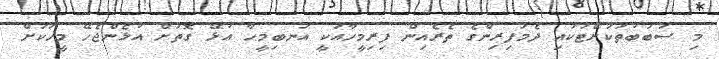
މި ސަބަބުތަކަށްޓަކައި ދެމަފިރިންގެ ތެރެއިން ފިރިމީހާއަކީ އަނބިމީހާ އުޅޭ ގޮތަށް އުޅެންޖެހޭ މީހަކަށް